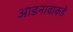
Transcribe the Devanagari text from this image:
आडनावाकडे